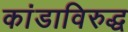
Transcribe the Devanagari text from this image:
कांडाविरुद्ध